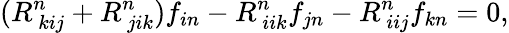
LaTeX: (R_{~kij}^{n}+R_{~jik}^{n})f_{in}-R_{~iik}^{n}f_{jn}-R_{~iij}^{n}f_{kn}=0,